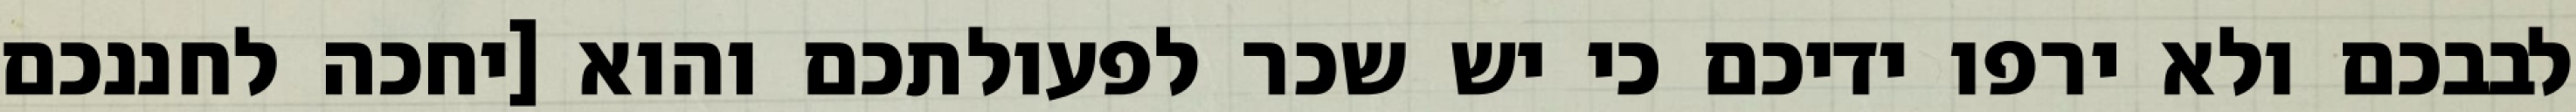
לבבכם ולא ירפו ידיכם כי יש שכר לפעולתכם והוא [יחכה לחננכם